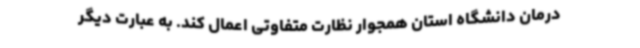
درمان دانشگاه استان همجوار نظارت متفاوتی اعمال کند. به عبارت دیگر